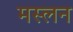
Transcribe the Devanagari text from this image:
मस्लन